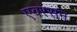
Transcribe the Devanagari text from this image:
एवरसन